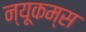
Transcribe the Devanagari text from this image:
न्यूकम्स